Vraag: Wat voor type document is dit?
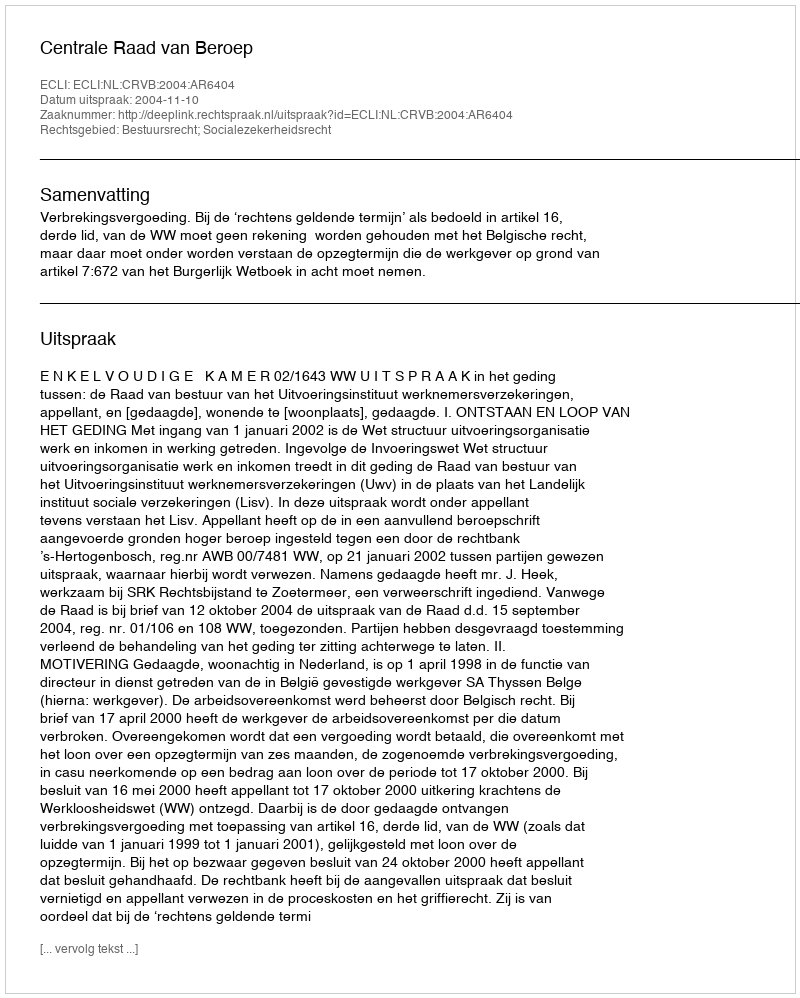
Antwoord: Uitspraak